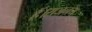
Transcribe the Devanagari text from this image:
हैं।राजनय